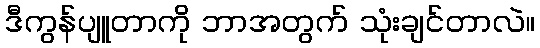
ဒီကွန်ပျူတာကို ဘာအတွက် သုံးချင်တာလဲ။